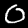
Digit: 0